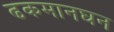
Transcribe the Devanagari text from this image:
ढकमानघन